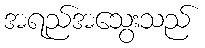
အရည်အသွေးသည်